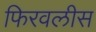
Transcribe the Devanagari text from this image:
फिरवलीस